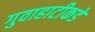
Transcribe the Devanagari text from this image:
गुवाहाटीकडे